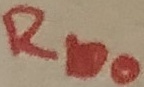
Text: Rbo